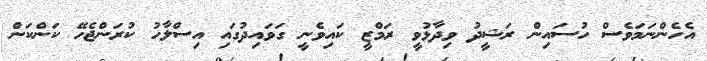
އެހެންނަމަވެސް ހުސައިން ރަޝީދު ވިދާޅުވީ ރަމްޒީ ކައިވެނީ ގަވައިދުގައި އިސްލާހު ކުރަންޖެހޭ ކަންކަން